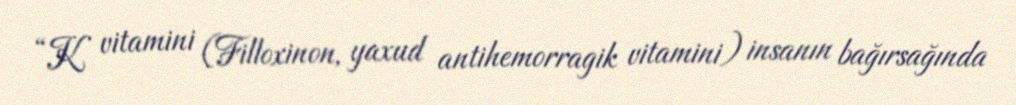
“K vitamini (Filloxinon, yaxud antihemorragik vitamini) insanın bağırsağında